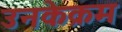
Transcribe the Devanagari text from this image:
उनकेक्रम